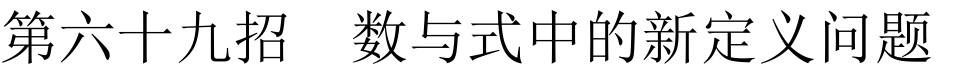
第六十九招  数与式中的新定义问题